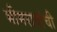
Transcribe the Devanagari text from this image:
भीमरावांची